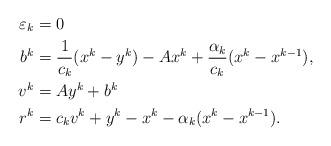
LaTeX: \begin{align*}\varepsilon_k & =0\\b^k & =\frac{1}{c_k}(x^k-y^k)-Ax^k+\frac{\alpha_k}{c_k}(x^k-x^{k-1}),\\v^k & =Ay^k+b^k\\r^k & =c_kv^k+y^k-x^k-\alpha_k(x^k-x^{k-1}). \end{align*}